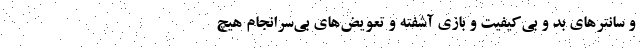
و سانترهای بد و بی‌کیفیت و بازی آشفته و تعویض‌های بی‌سرانجام هیچ